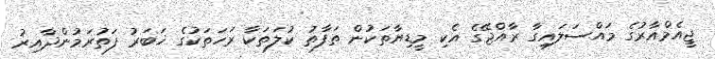
ޖީއެމްއާރުގެ މައްސަލައިގާ ރާއްޖޭގެ އެކި މީޑިޔާތަކުން ތަފާތު ކުލަތަކާ ރަހަތަކުގެ ޚަބަރު ފަތުރަމުންދާއިރު